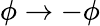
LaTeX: \phi\to-\phi